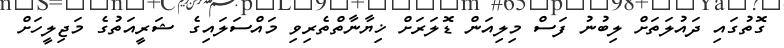
ގޮތުގައި ދައުލަތަށް ލިބުނު ފަސް މިލިއަން ޑޮލަރަށް ޚިޔާނާތްތެރިވި މައްސަލައިގެ ޝަރީއަތުގެ މަޖިލީހަށް